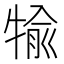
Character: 𤚎